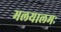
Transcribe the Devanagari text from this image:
मलयालमः